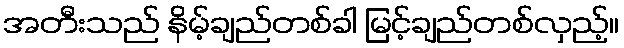
အတီးသည် နိမ့်ချည်တစ်ခါ မြင့်ချည်တစ်လှည့်။